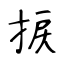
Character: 捩